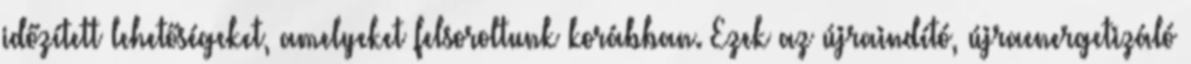
időzített lehetőségeket, amelyeket felsoroltunk korábban. Ezek az újraindító, újraenergetizáló